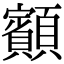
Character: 顮